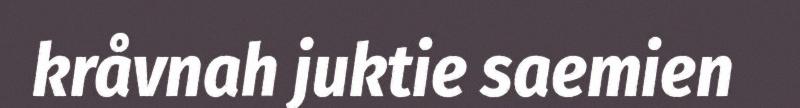
kråvnah juktie saemien